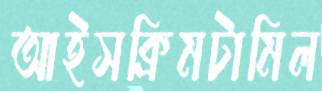
আইসক্রিমটামিল